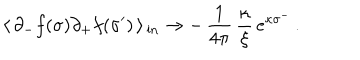
LaTeX: \langle \, \partial _ { - } f ( \sigma ) \partial _ { + } f ( \sigma ^ { \prime } ) \, \rangle \, _ { \mathrm { { i n } } } \rightarrow - \, \frac { 1 } { 4 \pi } \, \frac { \kappa } { \xi } \, e ^ { \kappa \sigma ^ { - } } \, .